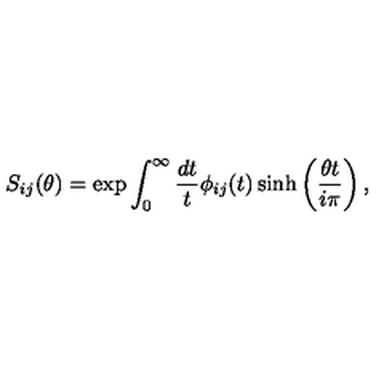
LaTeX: S _ { i j } ( \theta ) = \exp \int _ { 0 } ^ { \infty } \frac { d t } { t } \phi _ { i j } ( t ) \sinh \left( \frac { \theta t } { i \pi } \right) ,